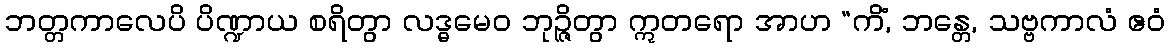
ဘတ္တကာလေပိ ပိဏ္ဍာယ စရိတွာ လဒ္ဓမေဝ ဘုဉ္ဇိတွာ ဣတရော အာဟ “ကိံ, ဘန္တေ, သဗ္ဗကာလံ ဧဝံ